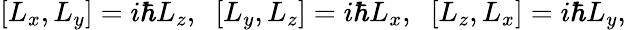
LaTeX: [L_{x},L_{y}]=i\hbar L_{z},\; \; [L_{y},L_{z}]=i\hbar L_{x},\; \; [L_{z},L_{x}]=i\hbar L_{y},